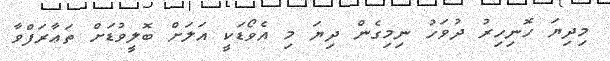
މިދިޔަ ހޮނިހިރު ދުވަހު ނިމިގެން ދިޔަ މި އެވޯޑަކީ އަލަށް ބޮލީވުޑަށް ތަޢާރަފްވާ